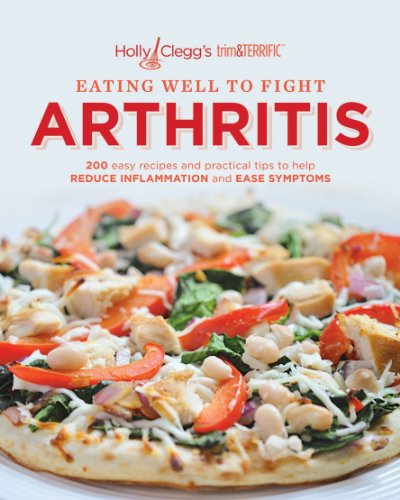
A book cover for Holly Clegg's trim&TERRIFIC EATING WELL TO FIGHT ARTHRITIS: 200 easy recipes and practical tips to help REDUCE INFLAMMATION and EASE SYMPTOMS; Holly Clegg; Cookbooks, Food & Wine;